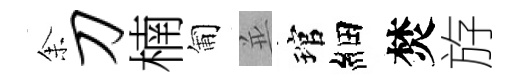
𪜬刀楠匍並琯細焚斿